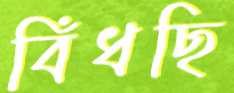
বিঁধছি